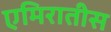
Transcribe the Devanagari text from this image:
एमिरातीस